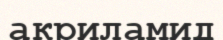
акриламид